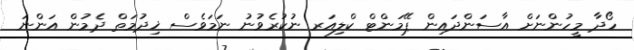
ހޯދާ މީހުންނަށް އާސަންދައިން ޕޭމަންޓް ކްލިއަރ ނުކުރެވުނު ނަމަވެސް ޚިދުމަތް ދެމުން އަންނަ